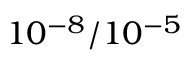
1 0 ^ { - 8 } / 1 0 ^ { - 5 }